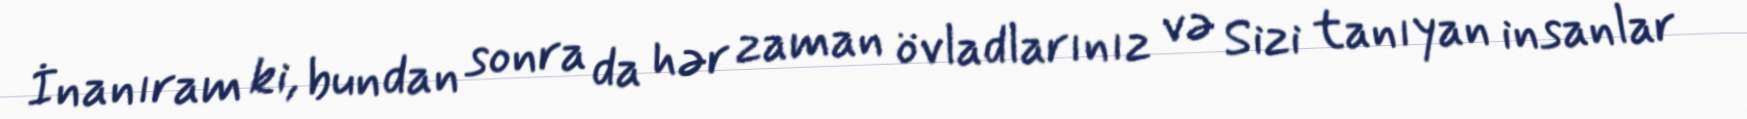
İnanıram ki, bundan sonra da hər zaman övladlarınız və Sizi tanıyan insanlar